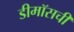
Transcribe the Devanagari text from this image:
डीमॉसची